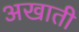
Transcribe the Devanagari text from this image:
अखाती